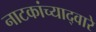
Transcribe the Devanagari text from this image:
नाटकांच्याद्वारे